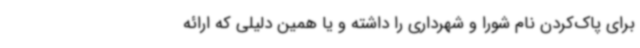
برای پاک‌کردن نام شورا و شهرداری را داشته و یا همین دلیلی که ارائه